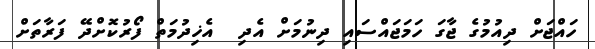
ހައްޖަށް ދިއުމުގެ ޖާގަ ހަމަޖައްސައި ދިނުމަށް އެދި  އެޚިދުމަތް ފޯރުކޮށްދޭ ފަރާތަށް